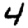
Digit: 4